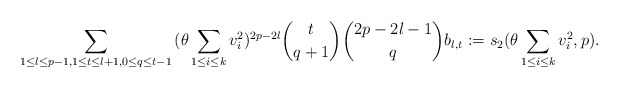
\begin{align*} \sum_{1 \leq l \leq p-1, 1 \leq t \leq l+1,0 \leq q \leq t-1}{(\theta \sum_{1 \leq i \leq k}{v^2_i})^{2p-2l}\binom{t}{q+1} \binom{2p-2l-1}{q}b_{l,t}}:=s_2(\theta\sum_{1 \leq i \leq k}{v^2_i},p).\end{align*}